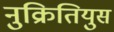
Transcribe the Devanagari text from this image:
नुक्रितियुस